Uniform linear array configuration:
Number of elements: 16
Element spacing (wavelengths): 0.75
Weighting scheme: blackman
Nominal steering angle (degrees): -15
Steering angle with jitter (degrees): -13.305
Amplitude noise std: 0.05
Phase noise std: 0.05

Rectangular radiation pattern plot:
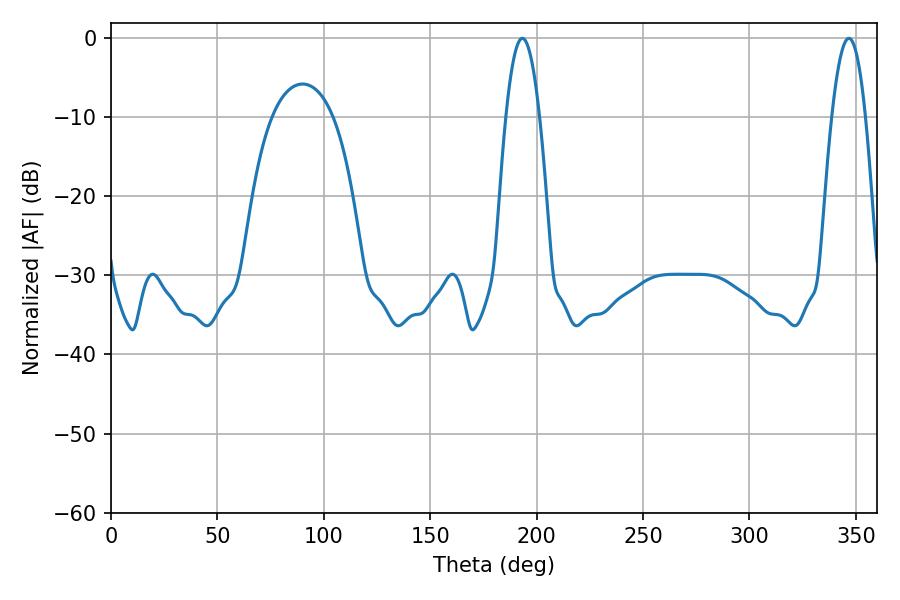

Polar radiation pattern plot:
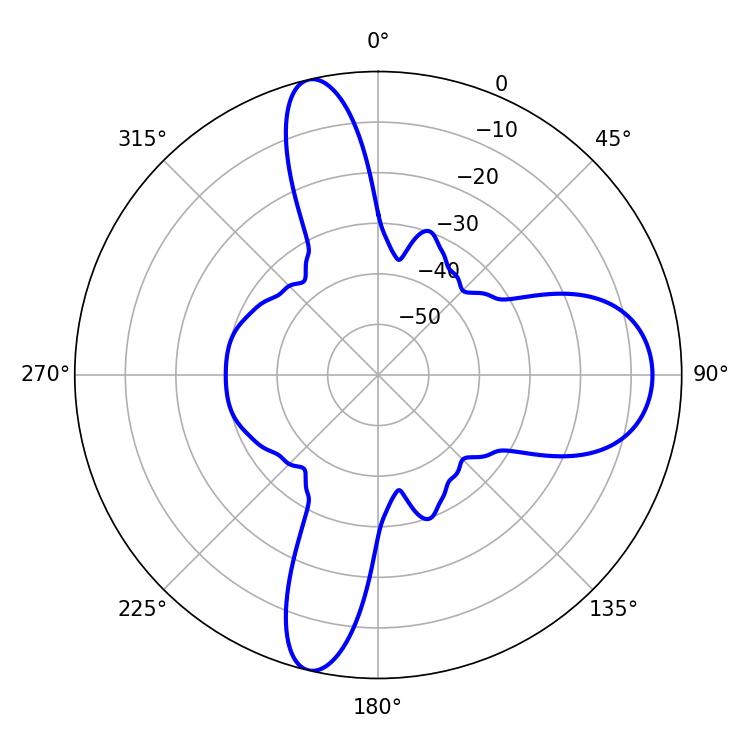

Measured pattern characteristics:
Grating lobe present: TRUE
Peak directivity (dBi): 17.076
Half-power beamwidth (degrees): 8.64
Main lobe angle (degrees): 193.32